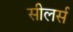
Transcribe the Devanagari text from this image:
सीलर्स